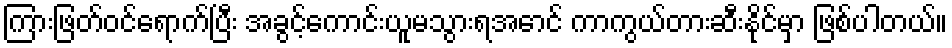
ကြားဖြတ်ဝင်ရောက်ပြီး အခွင့်ကောင်းယူမသွားရအောင် ကာကွယ်တားဆီးနိုင်မှာ ဖြစ်ပါတယ်။